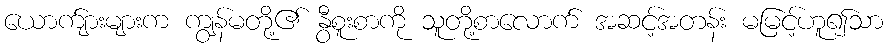
ယောက်ျားများက ကျွန်မတို့၏ နွီစူးစာကို သူတို့စာလောက် အဆင့်အတန်း မမြင့်ဟူ၍သာ